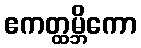
ဧကတ္ထမ္ဘိကော